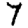
Digit: 7